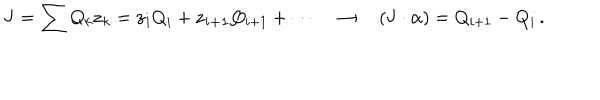
{ \bf J } = \sum Q _ { k } { \bf z } _ { k } = { \bf z _ { i } } Q _ { i } + { \bf z _ { i + 1 } } Q _ { i + 1 } + \cdots \quad \to \quad ( { \bf J } \cdot \alpha ) = Q _ { i + 1 } - Q _ { i } \, .